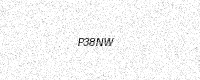
Text: P38NW